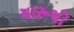
મારૂચો